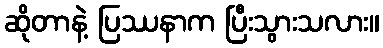
ဆိုတာနဲ့ ပြဿနာက ပြီးသွားသလား။